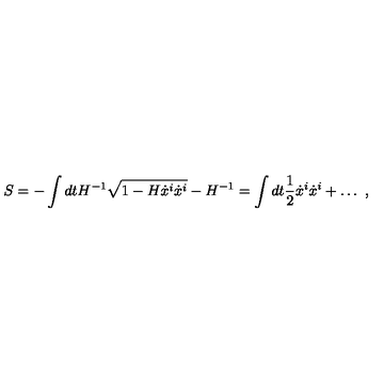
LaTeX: S = - \int d t H ^ { - 1 } \sqrt { 1 - H \dot { x } ^ { i } \dot { x } ^ { i } } - H ^ { - 1 } = \int d t { \frac { 1 } { 2 } } \dot { x } ^ { i } \dot { x } ^ { i } + \ldots \ ,